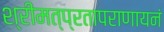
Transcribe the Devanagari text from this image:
श्रीमत्प्रतापराणायनं